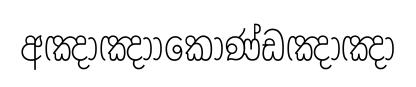
අඤා්ඤාාකොණ්ඩඤා්ඤා